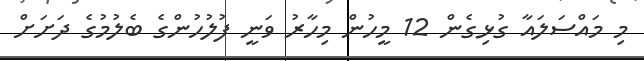
މި މައްސަލައާ ގުޅިގެން 12 މީހުން މިހާރު ވަނީ ފުލުހުންގެ ބެލުމުގެ ދަށަށް